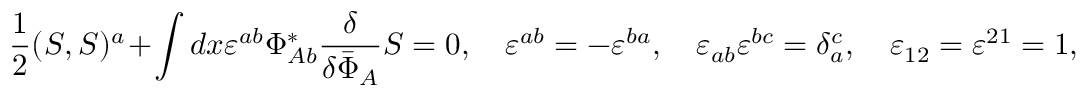
\frac { 1 } { 2 } ( S , S ) ^ { a } + \int d x \varepsilon ^ { a b } \Phi _ { A b } ^ { * } \frac { \delta } { \delta { \bar { \Phi } } _ { A } } S = 0 , \quad \varepsilon ^ { a b } = - \varepsilon ^ { b a } , \quad \varepsilon _ { a b } \varepsilon ^ { b c } = \delta _ { a } ^ { c } , \quad \varepsilon _ { 1 2 } = \varepsilon ^ { 2 1 } = 1 ,